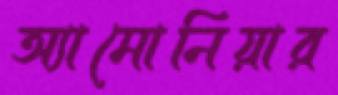
অ্যামোনিয়ার